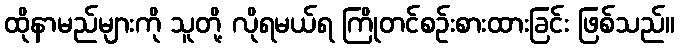
ထိုနာမည်များကို သူတို့ လိုရမယ်ရ ကြိုတင်စဉ်းစားထားခြင်း ဖြစ်သည်။